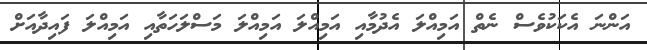
އަންނަ އެކަކުވެސް ނެތް އަމިއްލަ އެދުމާއި އަމިއްލަ އަމިއްލަ މަސްލަހަތާއި އަމިއްލަ ފައިދާއަށް